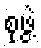
စုဖွဲ့